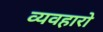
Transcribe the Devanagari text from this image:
व्यवहारो